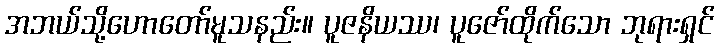
အဘယ်သို့ဟောတော်မူသနည်း။ ပူဇနိယဿ၊ ပူဇော်ထိုက်သော ဘုရားရှင်